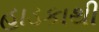
હાડકાથી